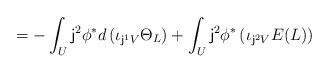
LaTeX: \begin{align*}=-\int_{ U}{\sf j}^2\phi^*d\left(\iota_{{\sf j}^1V} \Theta_L\right) + \int_U{\sf j}^2\phi^*\left(\iota_{{\sf j}^2V} E(L)\right)\end{align*}